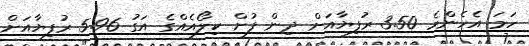
ހަމަ އެހެންމެ 3.50 ރުފިޔާއަށް ދިން ފުށް ކިލޯއެއްގެ އަގު 5.96 ރުފިޔާއަށް